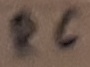
Text: R6